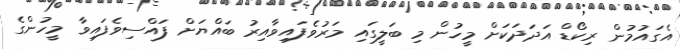
އެގައުމުން ރިކޯޑް އަދަދަކަށް މީހުން މި ބަލީގައި މަރުވެފައިވާއިރު ބައްޔަށް ފައްސިވެފައިވާ މީހުންގެ